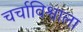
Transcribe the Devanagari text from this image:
चर्चाविश्वाला